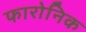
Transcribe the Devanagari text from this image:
फारोनिक